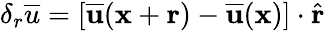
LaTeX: \delta_{r}\overline{{u}}=[\mathbf{\overline{{u}}}(\mathbf{x}+\mathbf{r})-\mathbf{\overline{{u}}}(\mathbf{x})]\cdot\hat{\mathbf{r}}